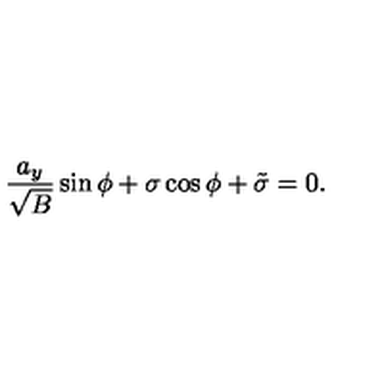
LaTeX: \frac { a _ { y } } { \sqrt B } \sin \phi + \sigma \cos \phi + \tilde { \sigma } = 0 .